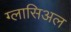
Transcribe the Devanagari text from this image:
ग्लासिअल